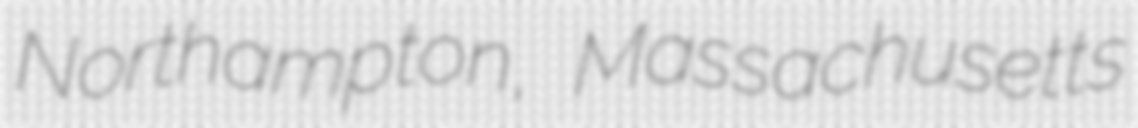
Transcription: Northampton, Massachusetts